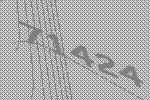
71424